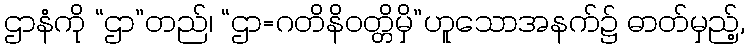
ဌာနံကို “ဌာ”တည်၊ “ဌာ=ဂတိနိဝတ္တိမှိ”ဟူသောအနက်၌ ဓာတ်မှည့်,